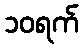
၁၀ရက်